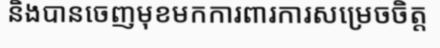
និងបានចេញមុខមកការពារការសម្រេចចិត្ត